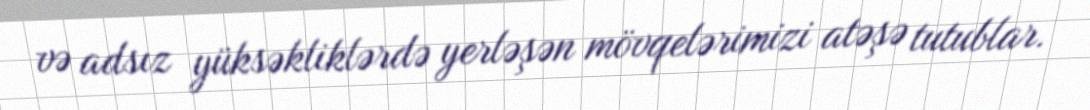
və adsız yüksəkliklərdə yerləşən mövqelərimizi atəşə tutublar.